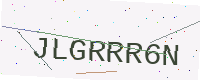
Text: JLGRRR6N